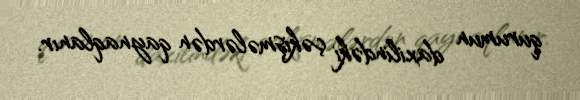
qurumun daxilindəki çəkişmələrdən qaynaqlanır.